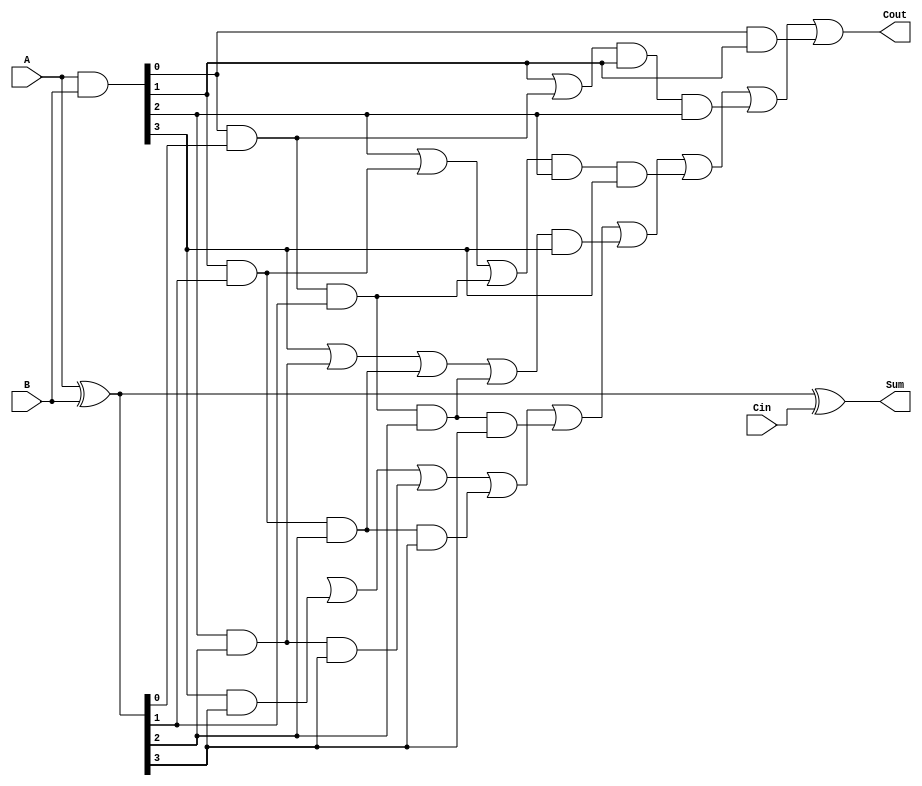
module brent_kung_adder (
    input [3:0] A, B,
    input Cin,
    output [3:0] Sum,
    output Cout
);

wire [3:0] P, G;
wire [4:0] G_and, G_or;

assign P = A ^ B;
assign G = A & B;

assign G_and[0] = G[0];
assign G_and[1] = G[1] | (G[0] & P[0]);
assign G_and[2] = G[2] | (G[1] & P[1]) | ((G[0] & P[0]) & P[1]);
assign G_and[3] = G[3] | (G[2] & P[2]) | ((G[1] & P[1]) & P[2]) | (((G[0] & P[0]) & P[1]) & P[2]);
assign G_and[4] = G[4] | (G[3] & P[3]) | ((G[2] & P[2]) & P[3]) | (((G[1] & P[1]) & P[2]) & P[3]) | ((((G[0] & P[0]) & P[1]) & P[2]) & P[3]);

assign G_or[0] = G_and[0];
assign G_or[1] = G_and[1] | (G_and[0] & G[0]);
assign G_or[2] = G_and[2] | (G_and[1] & G[1]) | ((G_and[0] & G[0]) & G[1]);
assign G_or[3] = G_and[3] | (G_and[2] & G[2]) | ((G_and[1] & G[1]) & G[2]) | ((G_and[0] & G[0]) & G[1]);
assign G_or[4] = G_and[4] | (G_and[3] & G[3]) | ((G_and[2] & G[2]) & G[3]) | ((G_and[1] & G[1]) & G[2]) | ((G_and[0] & G[0]) & G[1]);

assign Sum = P ^ Cin;
assign Cout = G_or[4];

endmodule